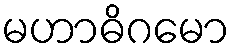
မဟာဓိဂမော